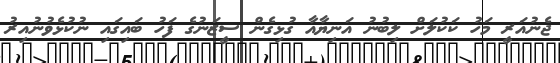
ޖެނުއަރީ މަހު ކަކުލަށް ލިބުނު އަނިޔާއާ ގުޅިގެން ސީޒަނުގެ ފަހު ބައިގައި ނުކުޅެވުނުއިރު